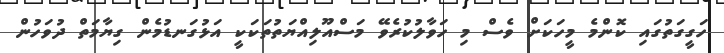
ހަގީގަތުގައި ކޮންމެ މީހަކަށް ވެސް މި ހަވާލުކުރެވޭ މަސްއޫލިއްޔަތުތަކަކީ އަޅުގަނޑުމެން ގިޔާމަތް ދުވަހުން